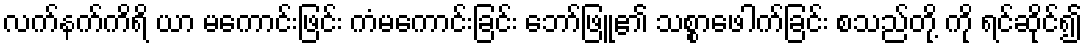
လက်နက်ကိရိ ယာ မကောင်းဖြင်း ကံမကောင်းခြင်း ဘော်ဖြူ၏ သစ္စာဖေါက်ခြင်း စသည်တို့ ကို ရင်ဆိုင်၍